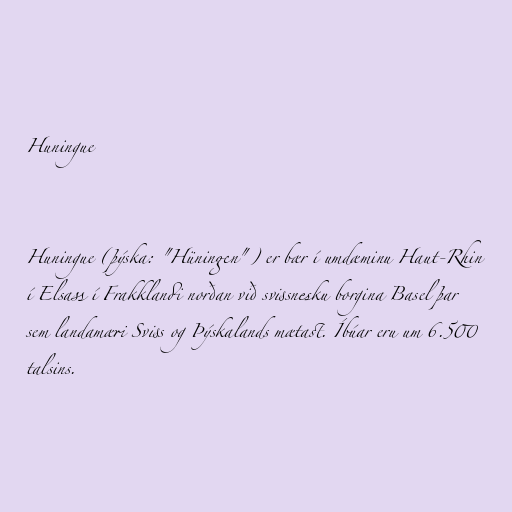
Huningue

Huningue (þýska: "Hüningen") er bær í umdæminu Haut-Rhin
í Elsass í Frakklandi norðan við svissnesku borgina Basel þar
sem landamæri Sviss og Þýskalands mætast. Íbúar eru um 6.500
talsins.